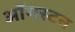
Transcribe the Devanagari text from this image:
ऑगस्टन